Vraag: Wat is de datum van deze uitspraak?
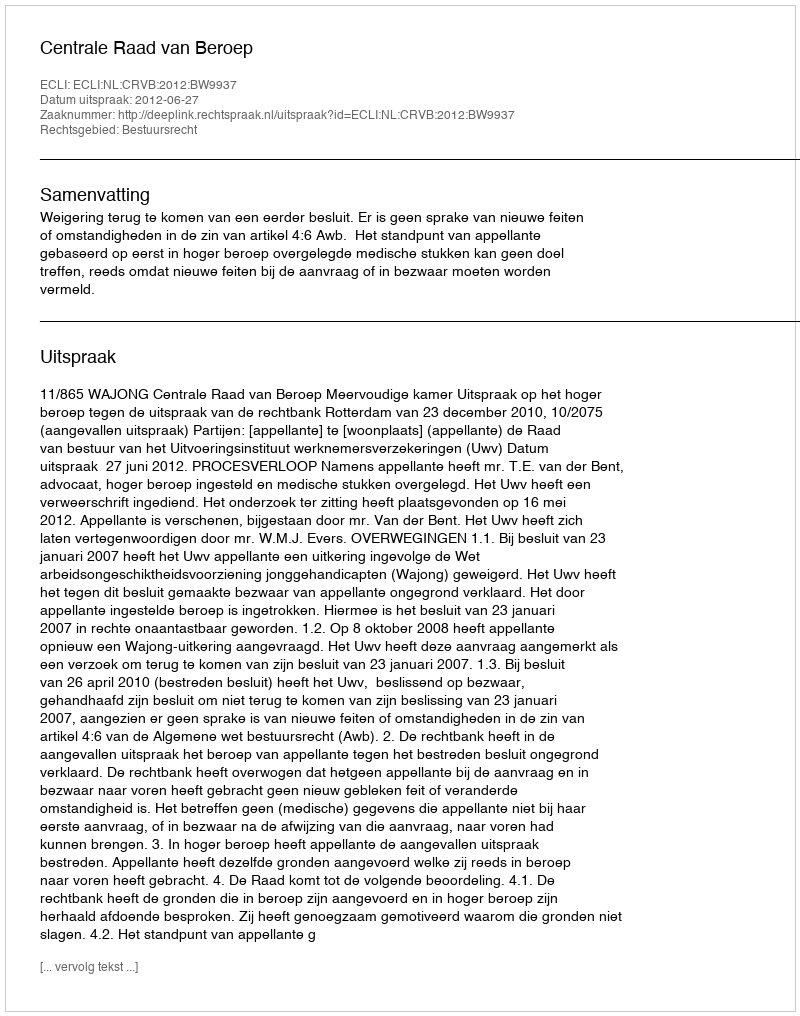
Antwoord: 2012-06-27